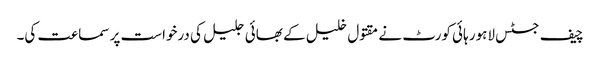
چیف جسٹس لاہور ہائی کورٹ نے مقتول خلیل کے بھائی جلیل کی درخواست پر سماعت کی۔